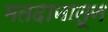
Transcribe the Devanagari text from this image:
मतदानातून